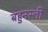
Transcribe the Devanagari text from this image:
बहुनस्ली